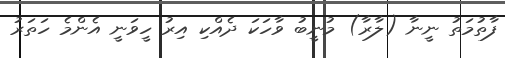
ފާތުމަތު ނީނާ (ލާރާ) މުނީބު ވާހަކަ ދެއްކި އިރު ހީވަނީ އެންމެ ހަތަރު